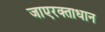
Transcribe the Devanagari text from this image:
जाएरक्ताधान